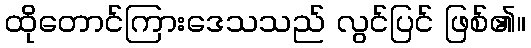
ထိုတောင်ကြားဒေသသည် လွင်ပြင် ဖြစ်၏။